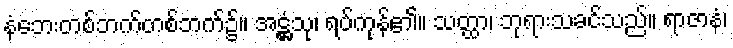
နံဘေးတစ်ဘက်တစ်ဘက်၌။ အဋ္ဌံသု၊ ရပ်ကုန်၏။ သတ္ထာ၊ ဘုရားသခင်သည်။ ရာဇာနံ၊